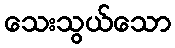
သေးသွယ်သော